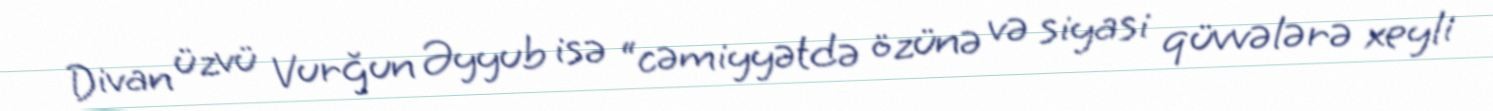
Divan üzvü Vurğun Əyyub isə “cəmiyyətdə özünə və siyasi qüvvələrə xeyli